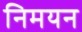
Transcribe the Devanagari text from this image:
निमयन